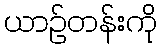
ယာဉ်တန်းကို